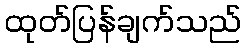
ထုတ်ပြန်ချက်သည်